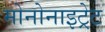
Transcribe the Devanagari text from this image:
मोनोनाइट्रेट